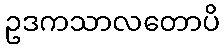
ဥဒကသာလတောပိ